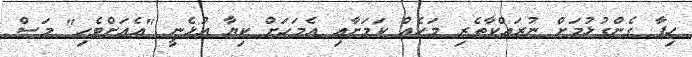
ހިފާ ގެންގުޅުމަށް ނުރައްކާތެރި މަހެއް ކަމަށާއި އެމަހަށް ކިޔާ އުޅެނީ "އެއަށްޓެހި" މަސް